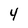
Character: 4